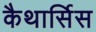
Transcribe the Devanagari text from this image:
कैथार्सिस